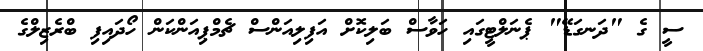
ސީ ގެ "ދަނގަޑޭ" ޕެނަލްޓީގައި ހަވާސް ބަލިކޮށް އަފިލިއަންސް ޗެމްޕިއަންކަން ހޯދައިފި ބްރެޒިލްގެ